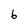
Character: 6